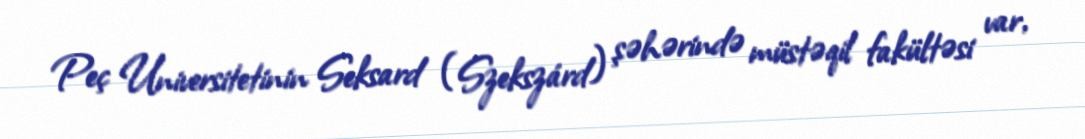
Peç Universitetinin Seksard (Szekszárd) şəhərində müstəqil fakültəsi var,